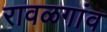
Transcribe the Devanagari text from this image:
रावळगांव